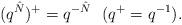
LaTeX: \begin{align*}(q^{\hat N})^+=q^{-\hat N}\ \ (q^+=q^{-1}).\end{align*}